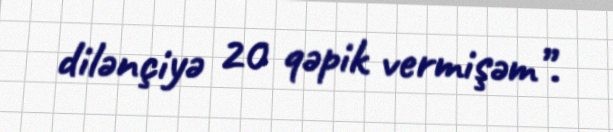
dilənçiyə 20 qəpik vermişəm”.